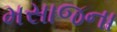
મસાજના